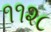
૧૧૨૮